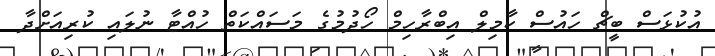
އުކުޅަސް ބީޗް ހައުސް ކާމިލް އިބްރާހިމް ހޯދުމުގެ މަސައްކަތް ހުއްޓާ ނުލައި ކުރިއަށްދާ